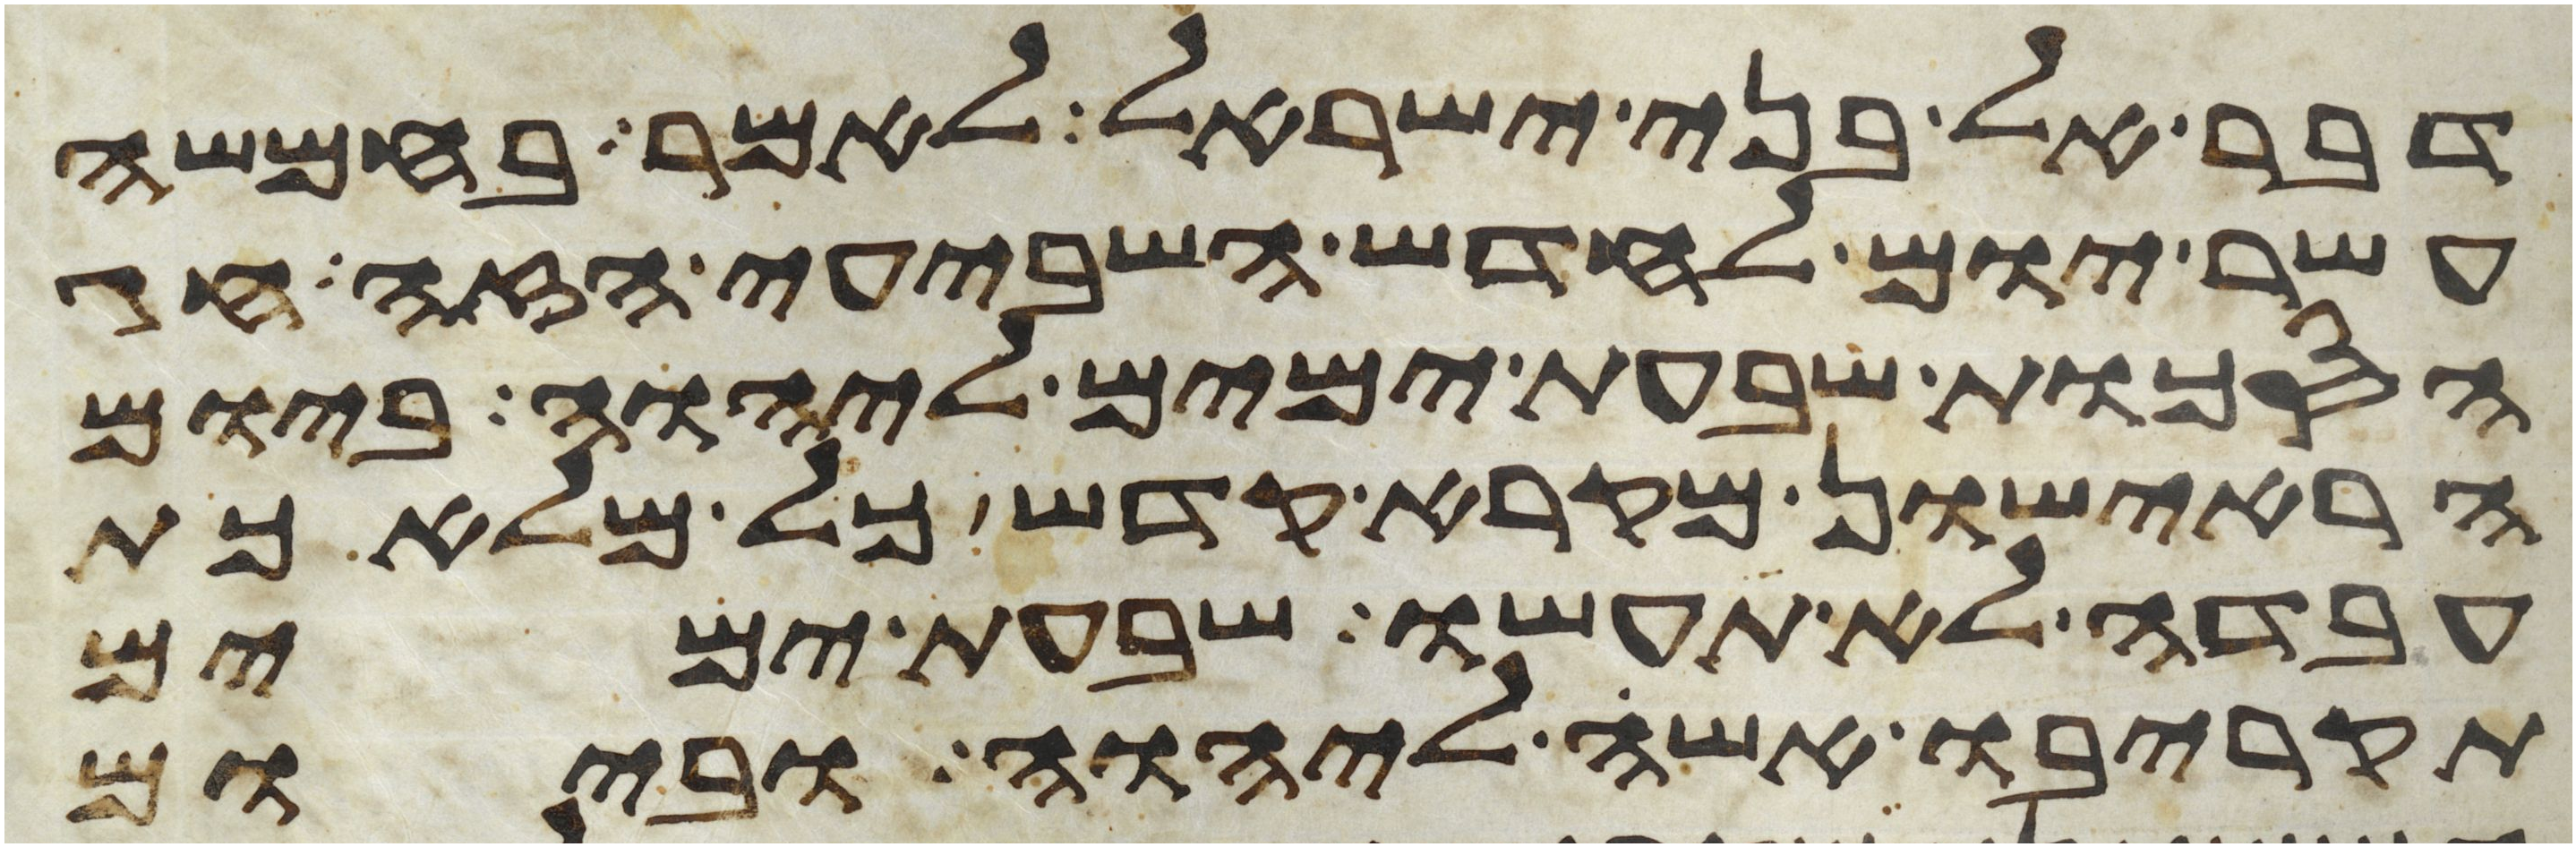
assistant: דבר אל בני ישראל לאמר בחמשה
עשר יום לחדש השביעי הזה חג
הסכות שבעת ימים ליהוה ביום
הראישון מקרא קדש כל מלאכת
עבדה לא תעשו שבעת ימים
תקריבו אשה ליהוה וביום